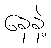
နေနဲ့